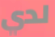
لدي